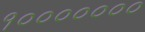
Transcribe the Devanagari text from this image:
१०००००००